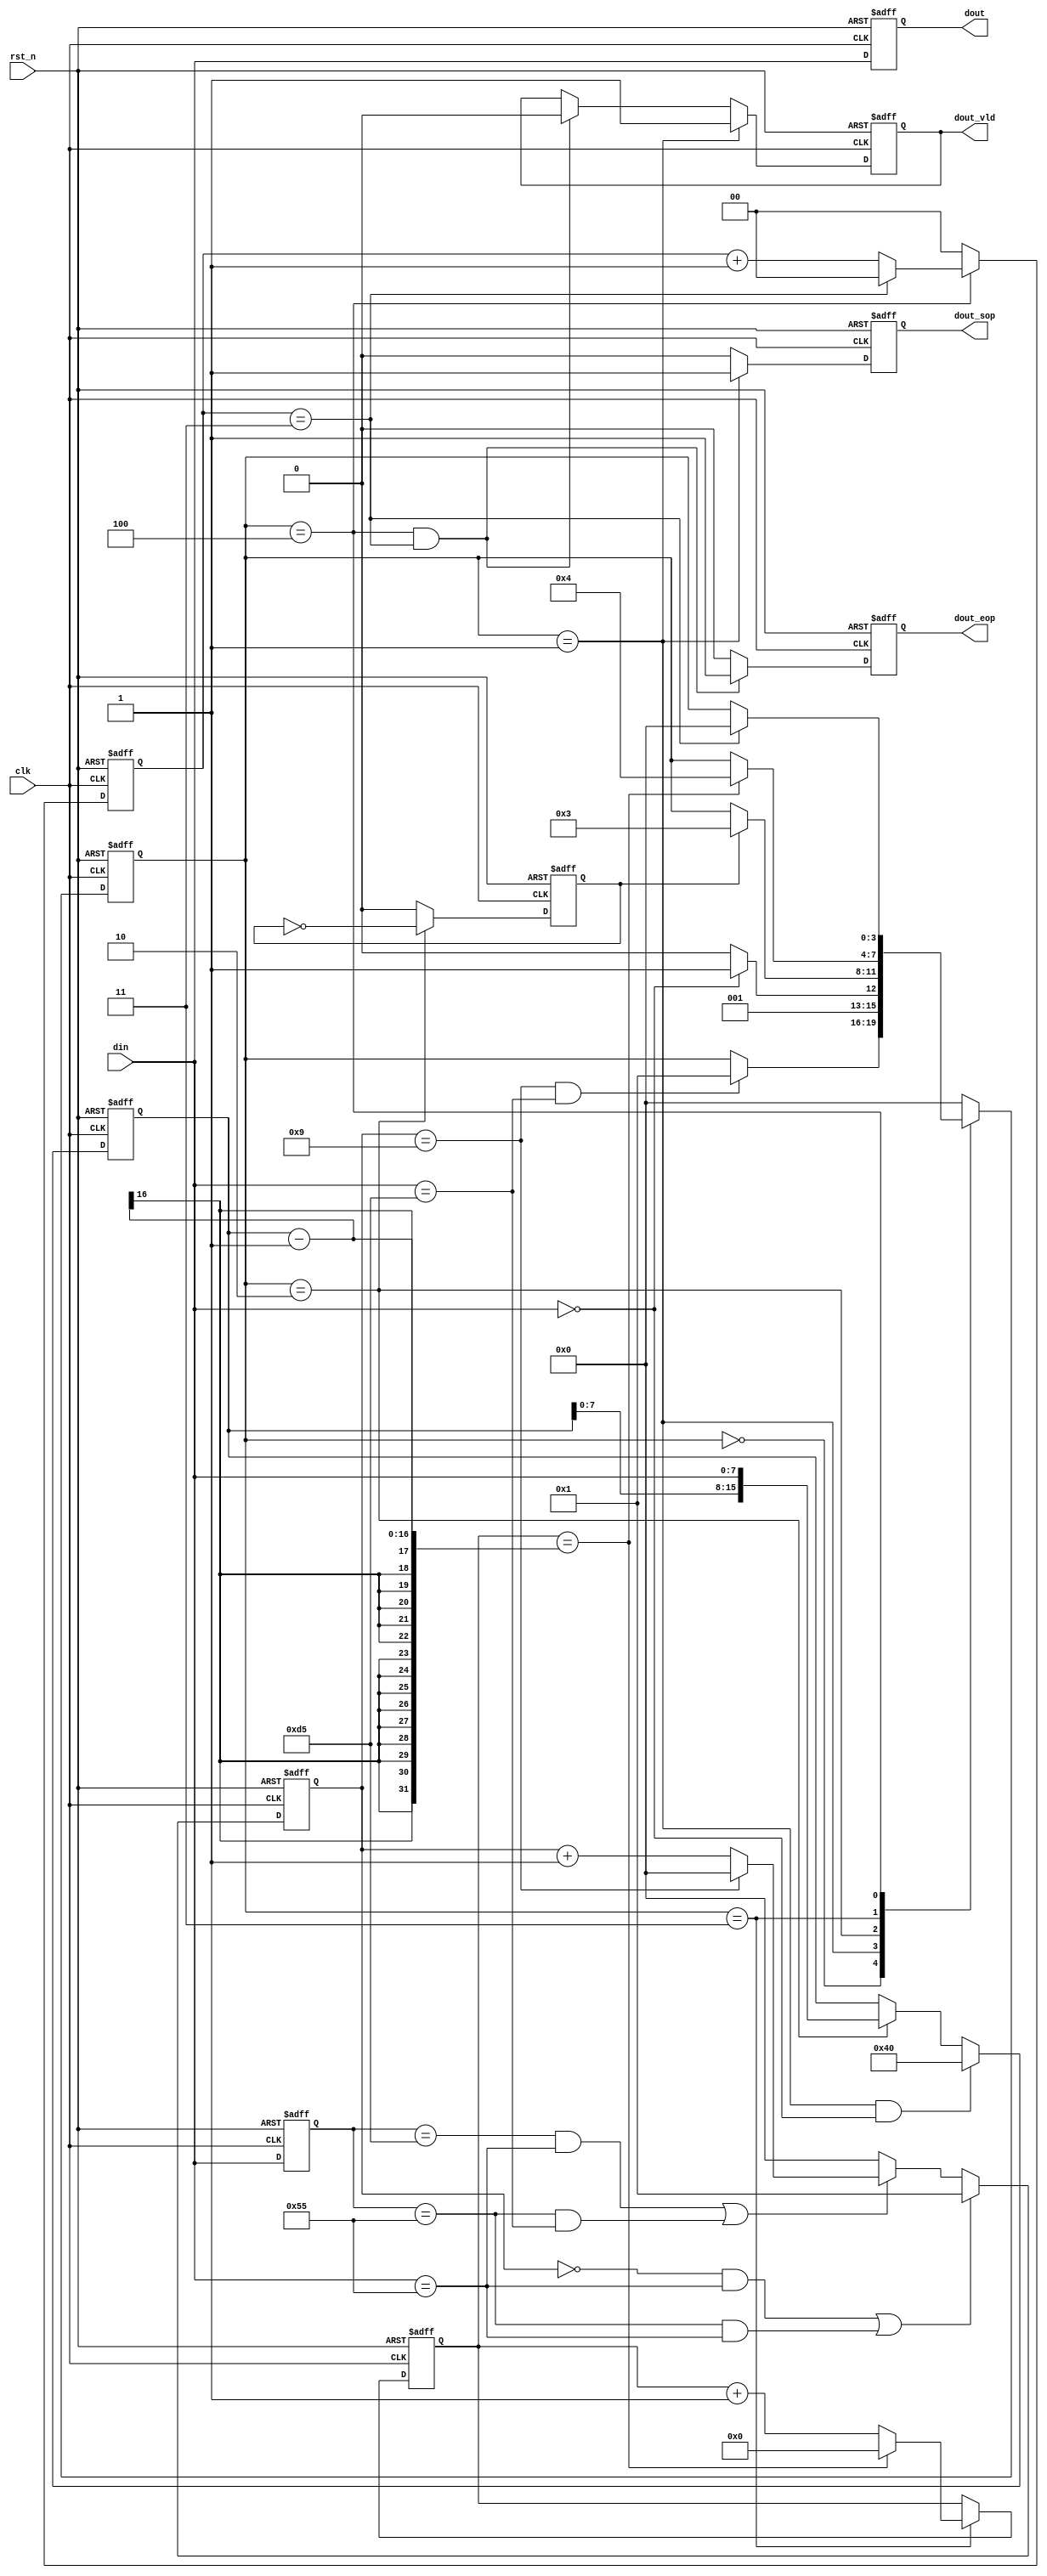
module fsm (
	clk ,
	rst_n ,
	din ,
	dout ,
	dout_sop ,
	dout_eop ,
	dout_vld
);

input clk ;
input rst_n ;
input[7:0]  din ;
output[7:0] dout ;
output dout_sop;
output dout_eop;
output dout_vld;

reg[7:0] dout;
reg dout_sop;
reg dout_eop;
reg dout_vld;

parameter  HEAD  	=  4'd0,
		   TYPE  	=  4'd1,
		   LEN  	=  4'd2,
		   DATA  	=  4'd3,
		   FCS  	=  4'd4;
		   
reg[3:0] current_state;
reg[3:0] next_state;

/************************freme_head_flag****************************/
reg[7:0] din_ff0;
reg[3:0] cnt_head ;

always@(posedge clk or negedge rst_n)begin
    if(rst_n==1'b0)begin
        din_ff0<=0;
    end
    else  begin
        din_ff0<=din;
    end
end
always@(posedge clk or negedge rst_n)begin
    if(rst_n==1'b0)begin
        cnt_head<=0;
    end
    else if( (cnt_head==0&&din==8'h55)||(din_ff0==8'h55&&din==8'h55) ) cnt_head<=1;
	else if( (din_ff0==8'hd5&&din==8'h55) || (din_ff0==8'h55&&din==8'hd5) ) begin
        if(cnt_head==9) cnt_head<=0;
		else cnt_head<=cnt_head+1;
    end
	else cnt_head<=0;
end

/************************* cnt_len *****************************/
reg cnt_len ;
always @(posedge clk or negedge rst_n)begin
    if(!rst_n)begin
        cnt_len <= 0;
    end
    else if( current_state==LEN ) begin
        cnt_len<= ~cnt_len;
    end
	else cnt_len<= 0;
end

/************************* CNT_THD *****************************/
reg[15:0] cnt_thd;
always@(posedge clk or negedge rst_n)begin
    if(rst_n==1'b0)begin
        cnt_thd<=0;
    end
    else if(current_state==TYPE&&din==0) begin
        cnt_thd<=64;
    end
	else if(current_state==LEN) begin
		cnt_thd<={cnt_thd[7:0],din};
	end
	//else cnt_thd<=0;
end

/*************************cnt_data**************************/
reg[15:0] cnt_data;
always @(posedge clk or negedge rst_n)begin
    if(!rst_n)begin
        cnt_data <= 0;
    end
    else if( current_state==DATA )begin
        if(  cnt_data==cnt_thd-1) cnt_data <= 0;
        else cnt_data <= cnt_data + 1;
    end		
end

/************************* cnt_fcs *****************************/
reg[1:0] cnt_fcs;
always@(posedge clk or negedge rst_n)begin
    if(rst_n==1'b0)begin
        cnt_fcs<=0;
    end
    else if( current_state==FCS )begin
        if( cnt_fcs==3 ) cnt_fcs<=0;
		else cnt_fcs<=cnt_fcs+1;
    end
	else  cnt_fcs<=0;
end

/************************* fsm *****************************/

always@(posedge clk or negedge rst_n)begin
    if(rst_n==1'b0)begin
        current_state<=HEAD;
    end
    else begin
        current_state<=next_state;
    end
end

always@(*)begin
    case(current_state)
		HEAD:if( cnt_head==9 && din==8'hd5 ) next_state=TYPE;
			 else next_state=current_state ;		
		TYPE: if(din==0) next_state=DATA ;
			  else next_state=LEN ;
		LEN: if( cnt_len==1 ) next_state=DATA ;
			    else next_state=current_state;
		DATA: if( cnt_data==cnt_thd-1 ) next_state=FCS ;
				else next_state=current_state;
		FCS: if( cnt_fcs==3 ) next_state=HEAD;
				else next_state=current_state;
	    default:next_state=HEAD;
	endcase
end

/************************* dout *****************************/
always@(posedge clk or negedge rst_n)begin
    if(rst_n==1'b0)begin
        dout<=0;
    end
    else begin
        dout<=din;
    end
end
/************************* dout_sop *****************************/
always@(posedge clk or negedge rst_n)begin
    if(rst_n==1'b0)begin
        dout_sop<=0;
    end
    else if(current_state==TYPE) begin
        dout_sop<=1;
    end
	else begin
        dout_sop<=0;
    end
end
/************************* dout_eop *****************************/
always@(posedge clk or negedge rst_n)begin
    if(rst_n==1'b0)begin
       dout_eop<=0; 
    end
    else if(current_state==FCS && cnt_fcs==3 ) begin
		dout_eop<=1; 
    end
	else dout_eop<=0; 
end
/************************* dout_vld *****************************/
always@(posedge clk or negedge rst_n)begin
    if(rst_n==1'b0)begin
		dout_vld<=0; 
    end
    else if(current_state==TYPE) begin
		dout_vld<=1; 
    end
	else if(current_state==FCS && cnt_fcs==3 ) begin
		dout_vld<=0; 
    end
end

endmodule